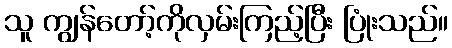
သူ ကျွန်တော့်ကိုလှမ်းကြည့်ပြီး ပြုံးသည်။